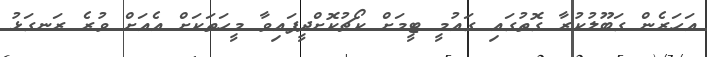
އަހަރެން ގަބޫލުކުރާ ގޮތުގައި ގައުމީ ޓީމަށް ކޯޗުކޮށްދީފައިވާ މީހަތަކަށް އެއަށް ވުރެ ރަނގަޅު